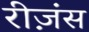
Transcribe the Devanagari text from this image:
रीज़ंस